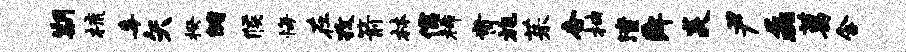
期梳毒矢揆储候悔在孜箭林儒稀肯旄茱杏抽潼舜炎尹磊葛含